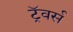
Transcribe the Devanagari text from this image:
ट्रॅवर्स